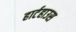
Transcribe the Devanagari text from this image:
हार्टहाउस